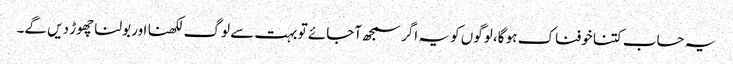
یہ حساب کتنا خوفناک ہو گا، لوگوں کو یہ اگر سمجھ آجائے تو بہت سے لوگ لکھنا اور بولنا چھوڑ دیں گے۔